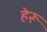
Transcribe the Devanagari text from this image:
हेरू